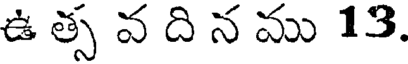
ఉ త్స వ ది న ము 13.